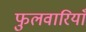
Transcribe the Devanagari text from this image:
फुलवारियाँ